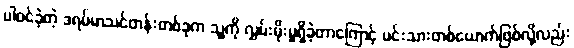
ပါဝင်ခဲ့တဲ့ ဒရမ်မာသင်တန်းတစ်ခုက သူ့ကို လွှမ်းမိုးမှုရှိခဲ့တာကြောင့် မင်းသားတစ်ယောက်ဖြစ်လို့လည်း